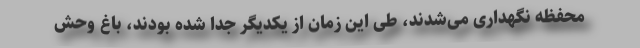
محفظه نگهداری می‌شدند، طی این زمان از یکدیگر جدا شده بودند، باغ وحش